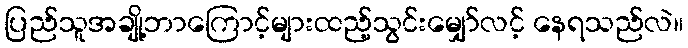
ပြည်သူအချို့ဘာကြောင့်များထည့်သွင်းမျှော်လင့် နေရသည်လဲ။